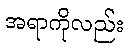
အရာကိုလည်း